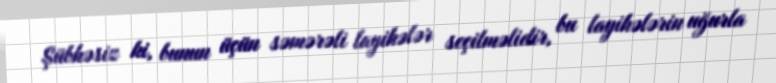
Şübhəsiz ki, bunun üçün səmərəli layihələr seçilməlidir, bu layihələrin uğurla